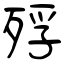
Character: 殍